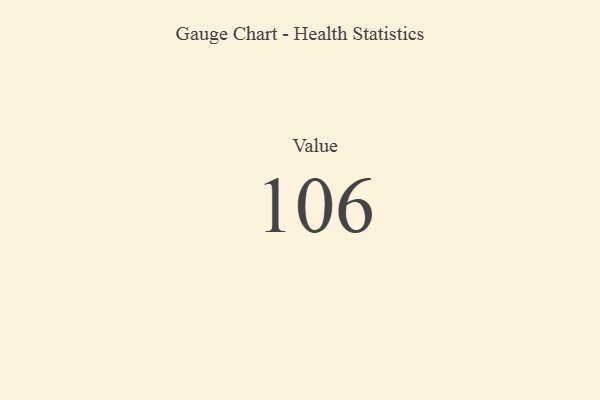
{"axis": {"x": "Metric", "y": "Value"}, "legend": [""], "data": [{"x": "Value", "y": 106, "type": ""}]}